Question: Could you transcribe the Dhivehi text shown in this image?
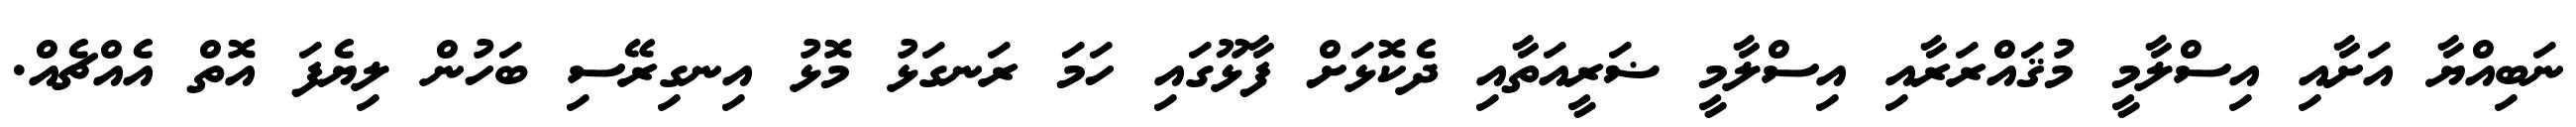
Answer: ނަބިއްޔާ އަށާއި އިސްލާމީ މުޤައްރަރާއި އިސްލާމީ ޟަރީއަތާއި ދެކޮޅަށް ފާޅޫގައި ހަމަ ރަނގަޅު މޮޅު އިނގިރޭސި ބަހުން ލިޔެފަ އޮތް އެއްޗެއް.